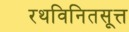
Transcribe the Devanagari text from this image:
रथविनितसूत्त